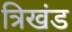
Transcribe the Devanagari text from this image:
त्रिखंड